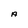
Character: A